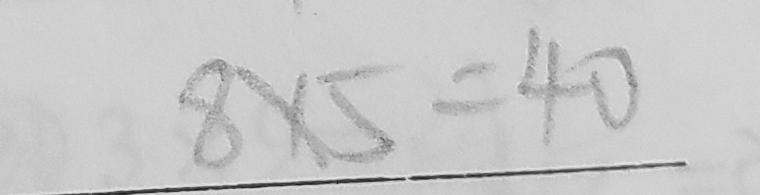
8 \times 5 = 4 0